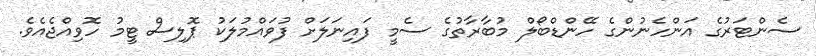
ސެންޓަރުގެ އަންހެނުންގެ ހޭންޑްބޯލް މުބާރާތުގެ ސެމީ ފައިނަލަށް ފުވައްމުލަކު ޕޮލިސް ޓީމު ހޮވިއްޖެއެވެ.